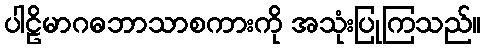
ပါဠိမာဂဓဘာသာစကားကို အသုံးပြုကြသည်။